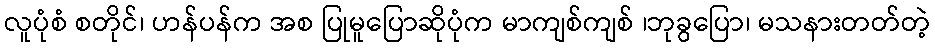
လူပုံစံ စတိုင်၊ ဟန်ပန်က အစ ပြုမူပြောဆိုပုံက မာကျစ်ကျစ် ၊ဘုခွပြော၊ မသနားတတ်တဲ့